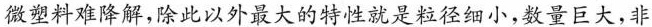
微塑料难降解,除此以外最大的特性就是粒径细小,数量巨大，非